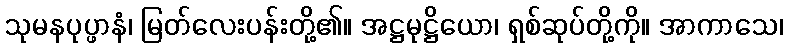
သုမနပုပ္ဖာနံ၊ မြတ်လေးပန်းတို့၏။ အဋ္ဌမုဋ္ဌိယော၊ ရှစ်ဆုပ်တို့ကို။ အာကာသေ၊